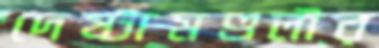
দেষ্টামণ্ডলীর